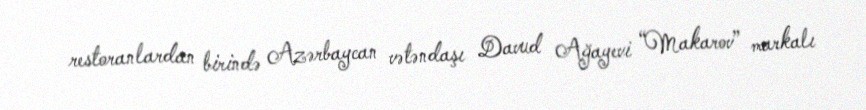
restoranlardan birində Azərbaycan vətəndaşı Davud Ağayevi “Makarov” markalı